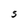
Character: S